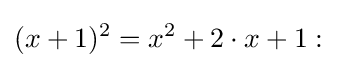
(x+1)^{2}=x^{2}+2\cdot x+1: